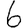
Digit: 6